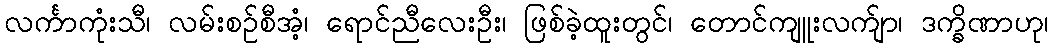
လင်္ကာကုံးသီ၊ လမ်းစဉ်စီအံ့၊ ရောင်ညီလေးဦး၊ ဖြစ်ခဲ့ထူးတွင်၊ တောင်ကျူးလက်ျာ၊ ဒက္ခိဏာဟု၊